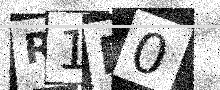
Text: R1E0